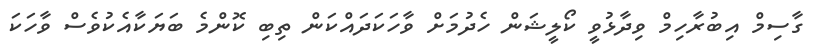
ގާސިމް އިބުރާހިމް ވިދާޅުވީ ކޯލީޝަން ހެދުމަށް ވާހަކަދައްކަން ތިބި ކޮންމެ ބަޔަކާއެކުވެސް ވާހަކަ